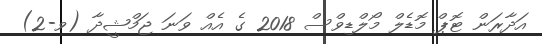
އަދާރަން ޓޮޕް މޮޑެލް މޯލްޑިވްސް 2018 ގެ އެއް ވަނަ ޖަމްޝީދާ (ވ-2)